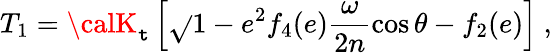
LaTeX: T_{1}={\calK}_{\mathtt{t}}\left[\sqrt{}{{1-e^{2}}}f_{4}(e)\frac{{\omega}}{{2n}}\cos\theta-f_{2}(e)\right]\ ,